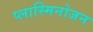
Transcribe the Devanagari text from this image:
प्लास्मिनोजन